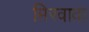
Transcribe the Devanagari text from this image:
मिरवावा